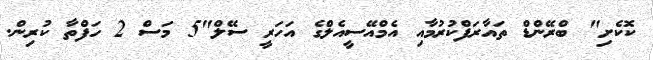
ކޮކެށި" ބްރޭންޑް ތައާރަފްކުރުމާއި އެމްއޭސީއެލްގެ އަހަރީ ސޭލް"5 މަސް 2 ހަފްތާ ކުރިން.